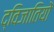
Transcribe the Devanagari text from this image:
द्विजातियों